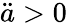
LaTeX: \ddot{a}>0